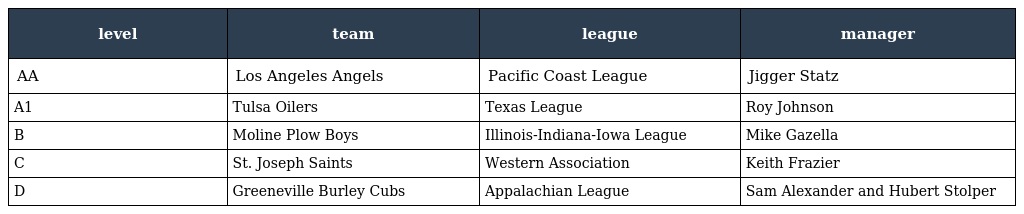
| level | team | league | manager |
 | --- | --- | --- | --- |
 | AA | Los Angeles Angels | Pacific Coast League | Jigger Statz |
 | A1 | Tulsa Oilers | Texas League | Roy Johnson |
 | B | Moline Plow Boys | Illinois-Indiana-Iowa League | Mike Gazella |
 | C | St. Joseph Saints | Western Association | Keith Frazier |
 | D | Greeneville Burley Cubs | Appalachian League | Sam Alexander and Hubert Stolper |